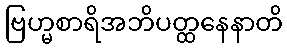
ဗြဟ္မစာရိအဘိပတ္ထနေနာတိ